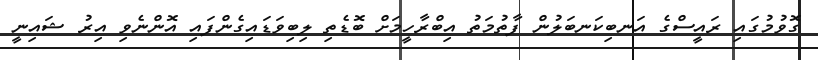
ގޮވުމުގައި ރައީސްގެ އަނބިކަނބަލުން ފާތުމަތު އިބްރާހީމަށް ބޮޑެތި ލިބިވަޑައިގެންފައި އޮންނެވި އިރު ޝައިނީ